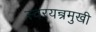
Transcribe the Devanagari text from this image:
स्वरयन्त्रमुखी